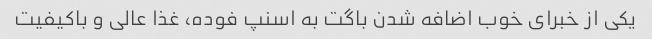
یکی از خبرای خوب اضافه شدن باگت به اسنپ فوده، غذا عالی و باکیفیت